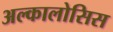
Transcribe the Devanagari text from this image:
अल्कालोसिस